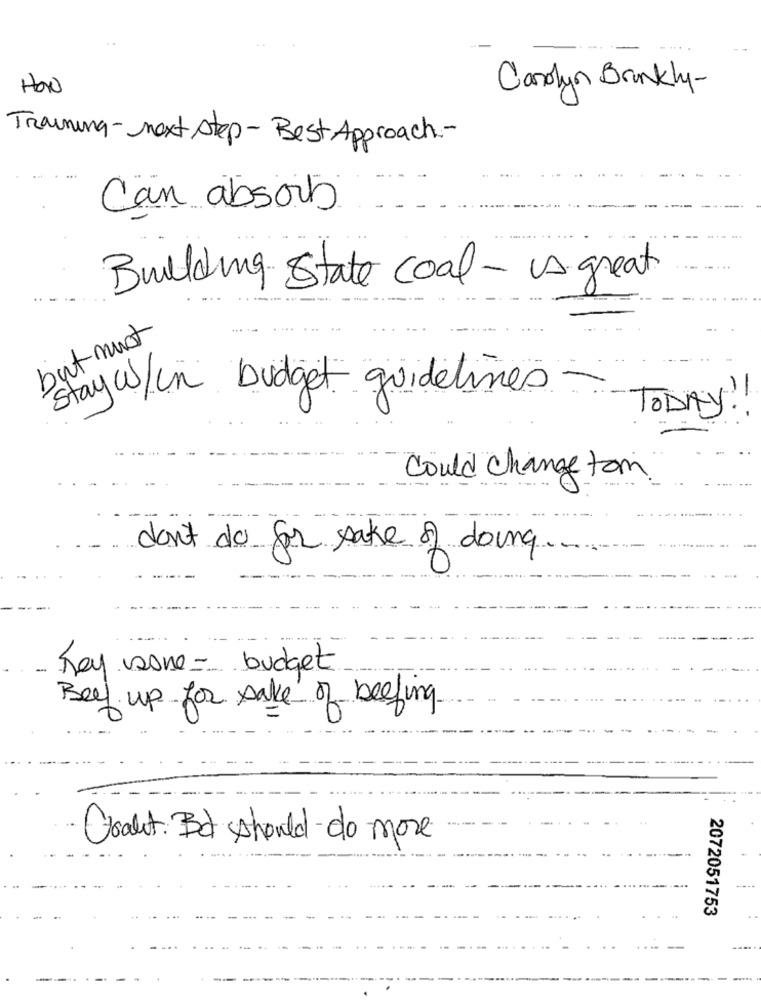
How
Carolyn Brankly-
Training-next step- Best Approach .-
Can absorb
Building State coal-A great
but must
stayw/un budget guidelines
TODAY!
Could change tom
don't do for sake of doing.
-
hey sone- budget
Beef up for sake of beefing
-
Graut: Bd should do more
2072051753